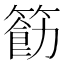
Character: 𮅲